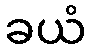
ခယံ